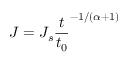
J = J _ { s } \frac { t } { t _ { 0 } } ^ { - 1 / ( \alpha + 1 ) }